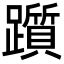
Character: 躓